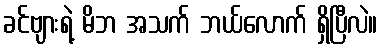
ခင်ဗျားရဲ့ မိဘ အသက် ဘယ်လောက် ရှိပြီလဲ။